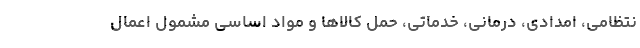
نتظامی، امدادی، درمانی، خدماتی، حمل کالاها و مواد اساسی مشمول اعمال